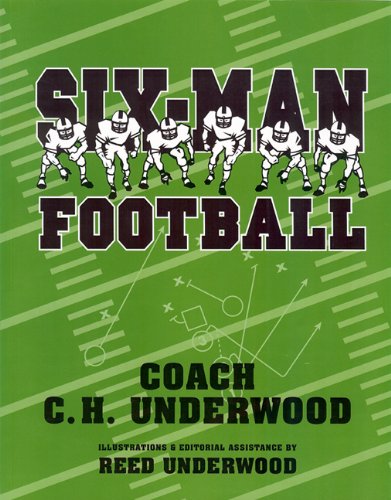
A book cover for Six-Man Football; Reed Underwood; Sports & Outdoors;